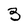
Character: 3